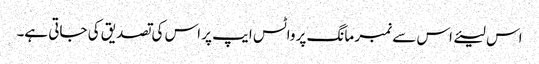
اس لیئے اس سے نمبر مانگ پر واٹس ایپ پر اس کی تصدیق کی جاتی ہے۔